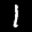
Label: 1